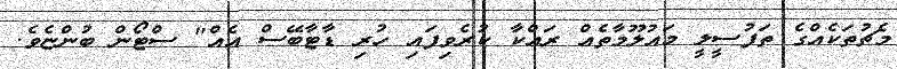
މެޗުތަކެއްގެ ތަފުސީލީ މައުލޫމާތެއް ރައްކާ ކުރެވިފައި ހުރި ޑާޓާބޭސް އެއް" ސްޓޯން ބުންޏެވެ.